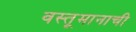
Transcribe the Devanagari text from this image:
वस्तूमानाची